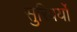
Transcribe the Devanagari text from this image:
सुरिवर्यों